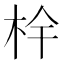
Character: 𭩧